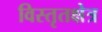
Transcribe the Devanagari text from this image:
विस्तृतक्षेत्र